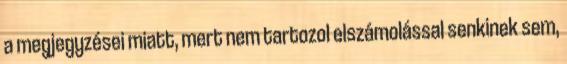
a megjegyzései miatt, mert nem tartozol elszámolással senkinek sem,